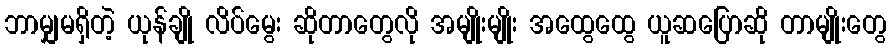
ဘာမျှမရှိတဲ့ ယုန်ချို လိပ်မွေး ဆိုတာတွေလို အမျိုးမျိုး အထွေထွေ ယူဆပြောဆို တာမျိုးတွေ